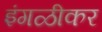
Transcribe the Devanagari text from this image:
इंगळीकर